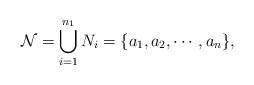
LaTeX: \begin{align*} \mathcal{N}=\bigcup_{i=1}^{n_1} N_i=\{a_1,a_2,\cdots,a_n\},\end{align*}